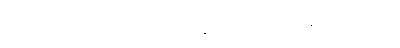
လုံ့လပြုသောပုဂ္ဂိုလ်အား။ ဉာဏဒဿနဝိသုဒ္ဓိသင်္ခါတံ၊ ဟုဆိုအပ်သော။ ယံ